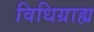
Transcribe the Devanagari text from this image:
विधिग्राह्य